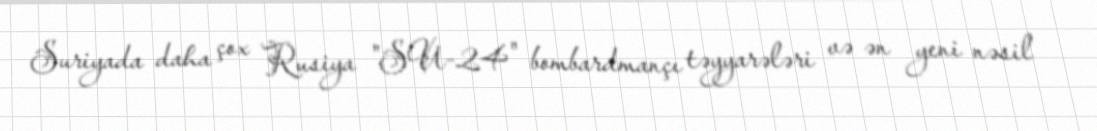
Suriyada daha çox Rusiya "SU-24" bombardmançı təyyarələri və ən yeni nəsil